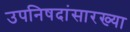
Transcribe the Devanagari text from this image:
उपनिषदांसारख्या